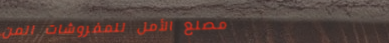
مصنع الأمل للمفروشات المن